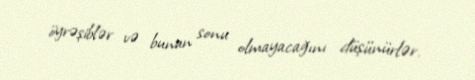
öyrəşiblər və bunun sonu olmayacağını düşünürlər.